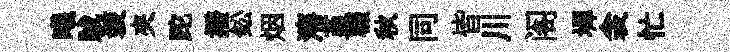
曦賊装夾跎撥鈆烟瀋堇輟秋同皆川阁墀衾忙